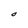
Character: O